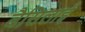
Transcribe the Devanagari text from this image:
बैसिलाई